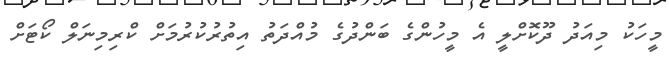
މީހަކު މިއަދު ދޫކޮށްލީ އެ މީހުންގެ ބަންދުގެ މުއްދަތު އިތުރުކުރުމަށް ކްރިމިނަލް ކޯޓަށް